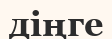
діңге